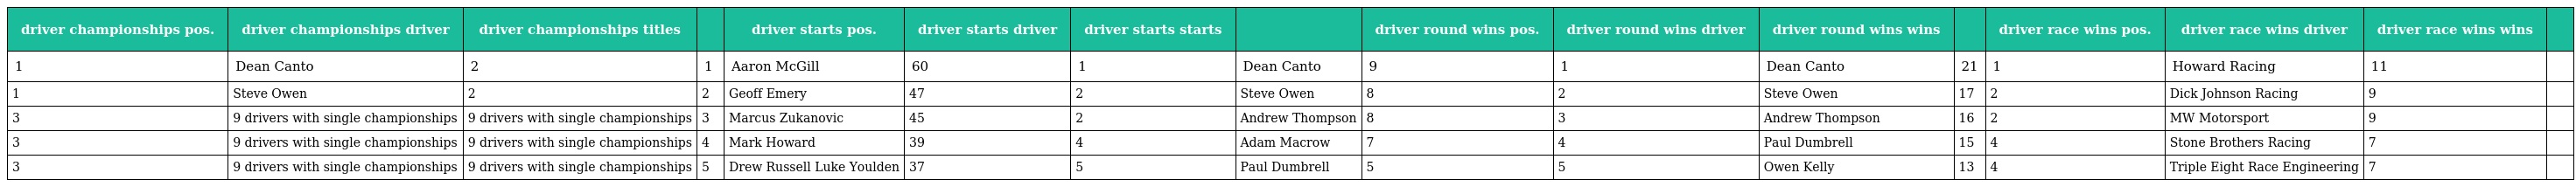
| driver championships pos. | driver championships driver | driver championships titles |  | driver starts pos. | driver starts driver | driver starts starts |  | driver round wins pos. | driver round wins driver | driver round wins wins |  | driver race wins pos. | driver race wins driver | driver race wins wins |  |
 | --- | --- | --- | --- | --- | --- | --- | --- | --- | --- | --- | --- | --- | --- | --- | --- |
 | 1 | Dean Canto | 2 | 1 | Aaron McGill | 60 | 1 | Dean Canto | 9 | 1 | Dean Canto | 21 | 1 | Howard Racing | 11 |  |
 | 1 | Steve Owen | 2 | 2 | Geoff Emery | 47 | 2 | Steve Owen | 8 | 2 | Steve Owen | 17 | 2 | Dick Johnson Racing | 9 |  |
 | 3 | 9 drivers with single championships | 9 drivers with single championships | 3 | Marcus Zukanovic | 45 | 2 | Andrew Thompson | 8 | 3 | Andrew Thompson | 16 | 2 | MW Motorsport | 9 |  |
 | 3 | 9 drivers with single championships | 9 drivers with single championships | 4 | Mark Howard | 39 | 4 | Adam Macrow | 7 | 4 | Paul Dumbrell | 15 | 4 | Stone Brothers Racing | 7 |  |
 | 3 | 9 drivers with single championships | 9 drivers with single championships | 5 | Drew Russell Luke Youlden | 37 | 5 | Paul Dumbrell | 5 | 5 | Owen Kelly | 13 | 4 | Triple Eight Race Engineering | 7 |  |